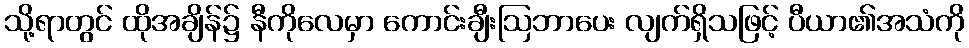
သို့ရာတွင် ထိုအချိန်၌ နီကိုလေမှာ ကောင်းချီးဩဘာပေး လျက်ရှိသဖြင့် ပီယာ၏အသံကို